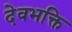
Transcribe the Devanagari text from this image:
देवभक्ति